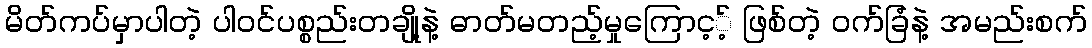
မိတ်ကပ်မှာပါတဲ့ ပါဝင်ပစ္စည်းတချို့နဲ့ ဓာတ်မတည့်မှုကြောင့့် ဖြစ်တဲ့ ဝက်ခြံနဲ့ အမည်းစက်